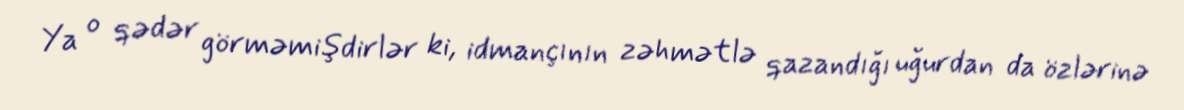
Ya o qədər görməmişdirlər ki, idmançının zəhmətlə qazandığı uğurdan da özlərinə